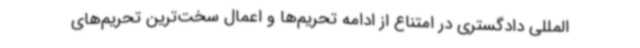
المللی دادگستری در امتناع از ادامه تحریم‌ها و اعمال سخت‌ترین تحریم‌های